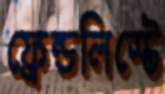
ফ্রেন্ডলিস্টে